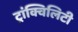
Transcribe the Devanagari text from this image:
ट्रांक्विलिटी